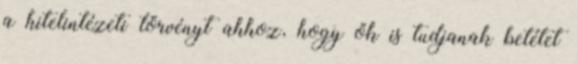
a hitelintézeti törvényt ahhoz, hogy ők is tudjanak betétet